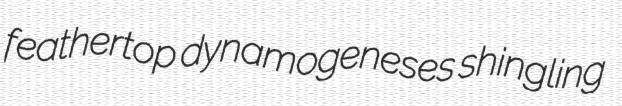
feathertop dynamogeneses shingling